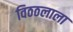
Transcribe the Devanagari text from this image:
विठठलाला